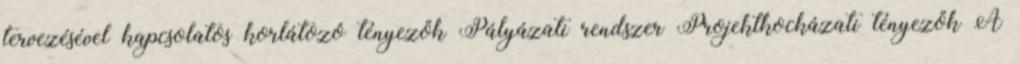
tervezésével kapcsolatos korlátozó tényezők Pályázati rendszer Projektkockázati tényezők A